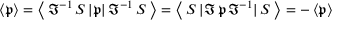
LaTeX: \left\langle { \mathfrak { p } } \right\rangle = \left\langle \, { \mathfrak { I } } ^ { - 1 } \, S \, | { \mathfrak { p } } | \, { \mathfrak { I } } ^ { - 1 } \, S \, \right\rangle = \left\langle \, S \, | { \mathfrak { I } } \, { \mathfrak { p } } \, { \mathfrak { I } } ^ { - 1 } | \, S \, \right\rangle = - \left\langle { \mathfrak { p } } \right\rangle